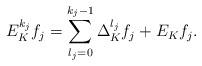
LaTeX: \begin{align*}E^{k_j}_K f_j= \sum_{l_j=0}^{k_j-1} \Delta^{l_j}_K f_j + E_K f_j.\end{align*}